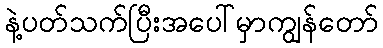
နဲ့ပတ်သက်ပြီးအပေါ်မှာကျွန်တော်